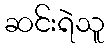
ဆင်းရဲသူ